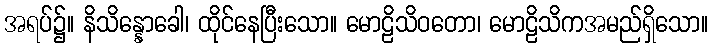
အရပ်၌။ နိသိန္နောခေါ၊ ထိုင်နေပြီးသော။ မောဠိသိဝတော၊ မောဠိသိကအမည်ရှိသော။